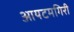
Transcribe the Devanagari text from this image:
आयटमगिरी